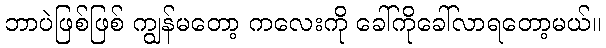
ဘာပဲဖြစ်ဖြစ် ကျွန်မတော့ ကလေးကို ခေါ်ကိုခေါ်လာရတော့မယ်။